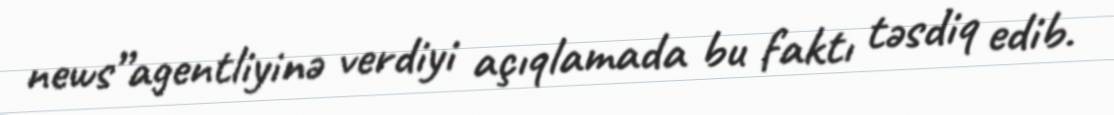
news”agentliyinə verdiyi açıqlamada bu faktı təsdiq edib.